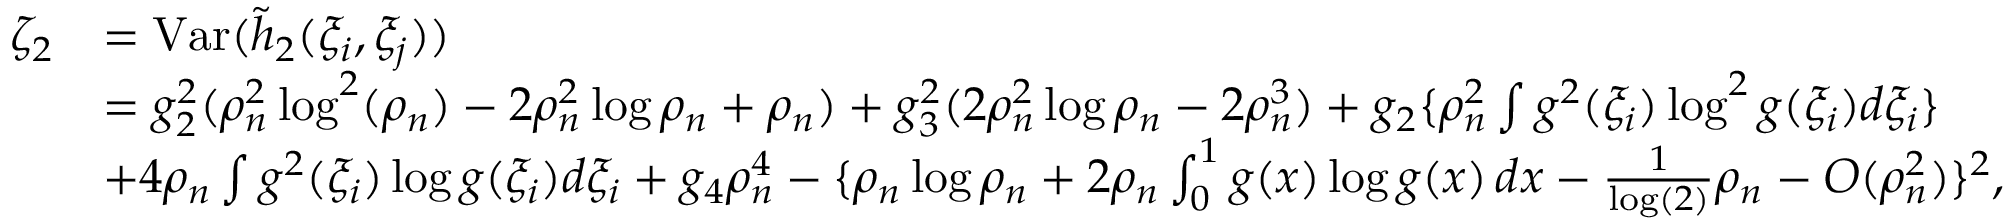
\begin{array} { r l } { \zeta _ { 2 } } & { = \mathrm { V a r } ( \Tilde { h } _ { 2 } ( \xi _ { i } , \xi _ { j } ) ) } \\ & { = g _ { 2 } ^ { 2 } ( \rho _ { n } ^ { 2 } \log ^ { 2 } ( \rho _ { n } ) - 2 \rho _ { n } ^ { 2 } \log \rho _ { n } + \rho _ { n } ) + g _ { 3 } ^ { 2 } ( 2 \rho _ { n } ^ { 2 } \log \rho _ { n } - 2 \rho _ { n } ^ { 3 } ) + g _ { 2 } \{ \rho _ { n } ^ { 2 } \int g ^ { 2 } ( \xi _ { i } ) \log ^ { 2 } g ( \xi _ { i } ) d \xi _ { i } \} } \\ & { + 4 \rho _ { n } \int g ^ { 2 } ( \xi _ { i } ) \log g ( \xi _ { i } ) d \xi _ { i } + g _ { 4 } \rho _ { n } ^ { 4 } - \{ \rho _ { n } \log \rho _ { n } + 2 \rho _ { n } \int _ { 0 } ^ { 1 } g ( x ) \log g ( x ) \, d x - \frac { 1 } { \log ( 2 ) } \rho _ { n } - { \cal O } ( \rho _ { n } ^ { 2 } ) \} ^ { 2 } , } \end{array}